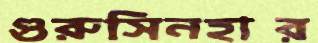
গুরুসিনহার